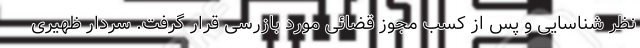
نظر شناسایی و پس از کسب مجوز قضائی مورد بازرسی قرار گرفت. سردار ظهیری